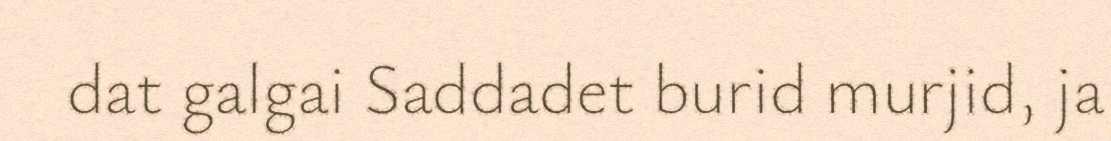
dat galgai Saddadet burid murjid, ja